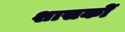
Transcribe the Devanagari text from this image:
शासकोँ